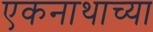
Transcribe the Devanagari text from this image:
एकनाथाच्या